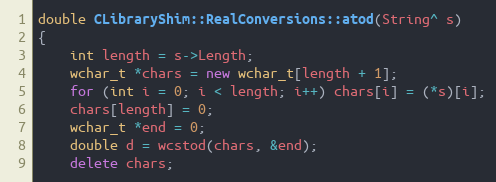
Language: C++
double CLibraryShim::RealConversions::atod(String^ s)
{
    int length = s->Length;
    wchar_t *chars = new wchar_t[length + 1];
    for (int i = 0; i < length; i++) chars[i] = (*s)[i];
    chars[length] = 0;
    wchar_t *end = 0;
    double d = wcstod(chars, &end);
    delete chars;